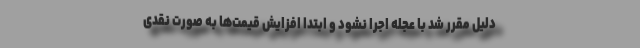
دلیل مقرر شد با عجله اجرا نشود و ابتدا افزایش قیمت‌ها به صورت نقدی